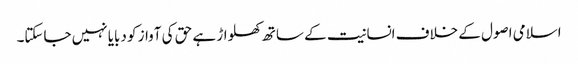
اسلامی اصول کے خلاف انسانیت کے ساتھ کھلواڑ ہے حق کی آواز کو دبایا نہیں جاسکتا۔